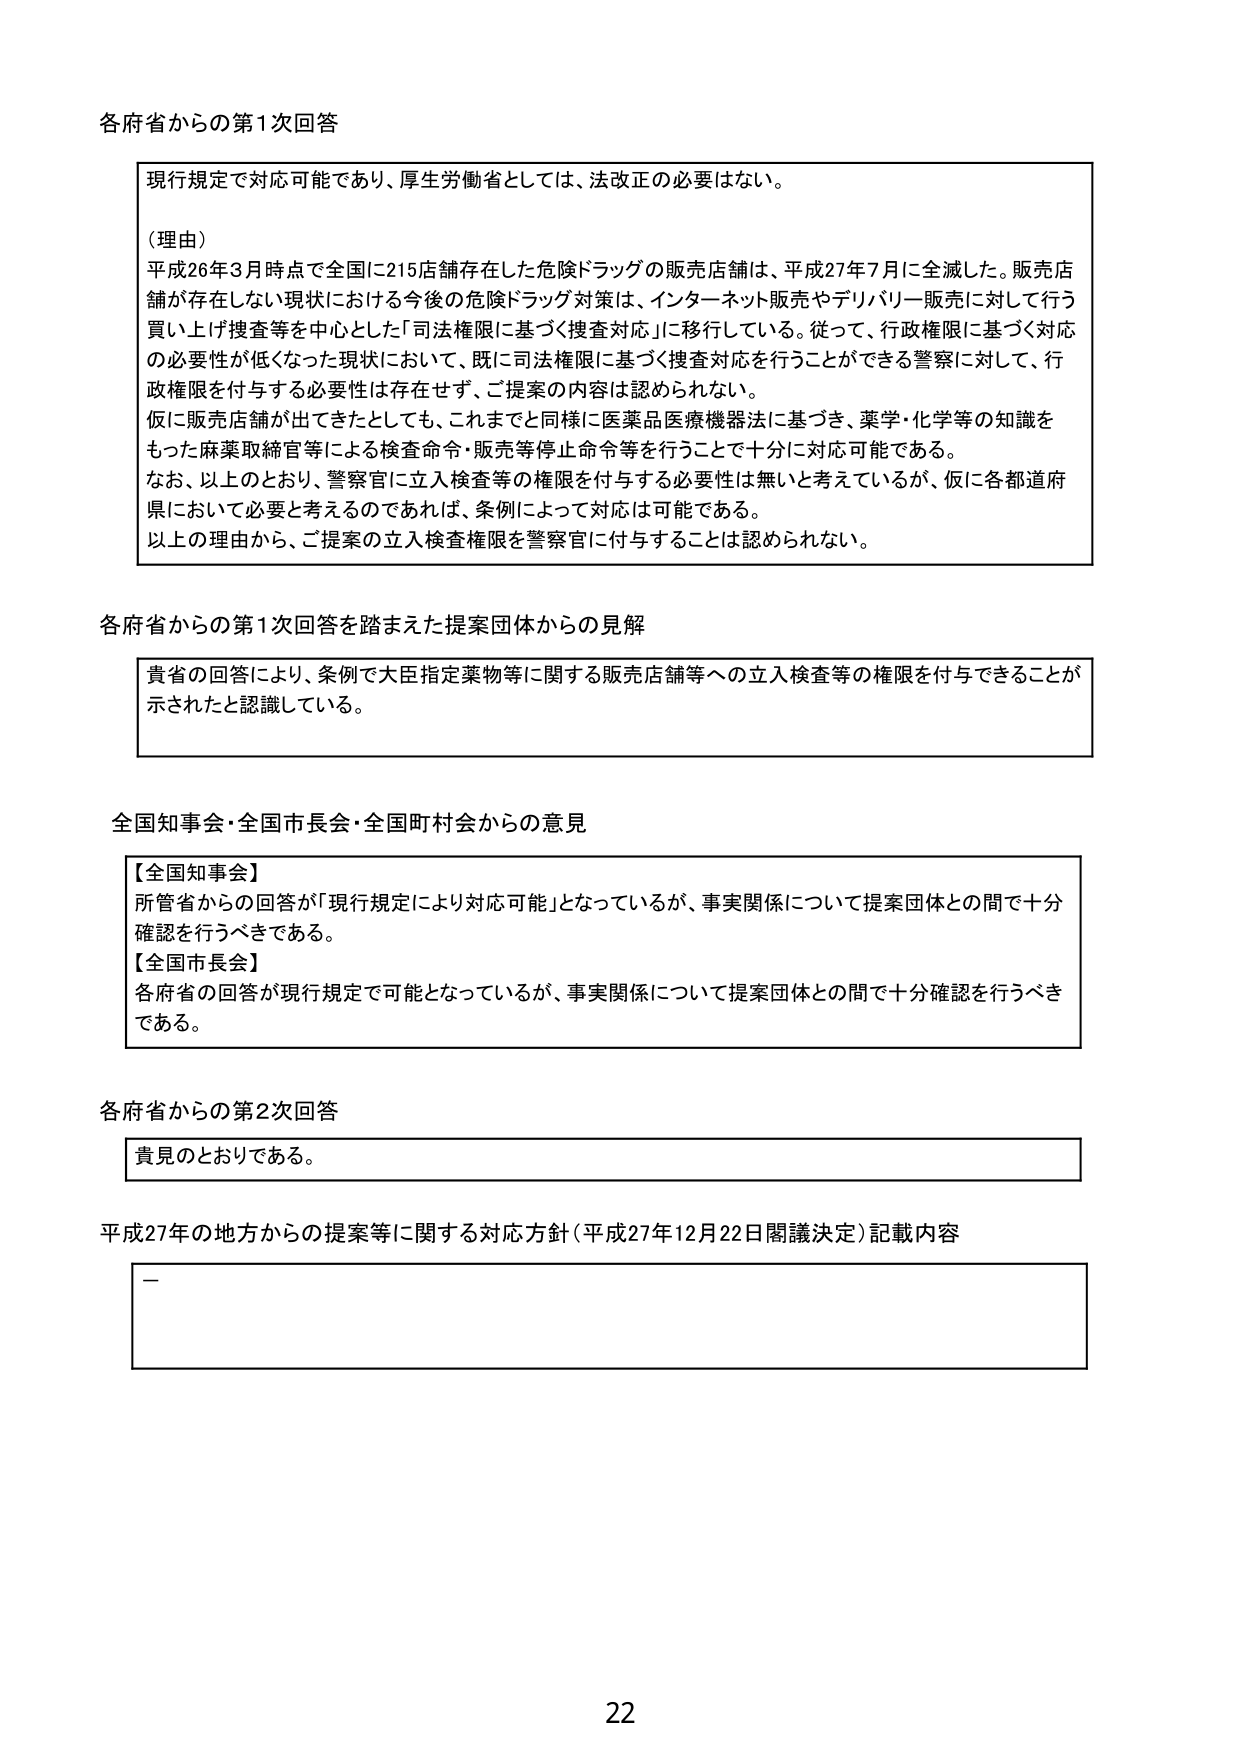
各府省からの第1次回答

現行規定で対応可能であり、厚生労働省としては、法改正の必要はない。

（理由）
平成26年3月時点で全国に215店舗存在した危険ドラッグの販売店舗は、平成27年7月に全滅した。販売店舗が存在しない現状における今後の危険ドラッグ対策は、インターネット販売やデリバリー販売に対して行う買い上げ捜査等を中心とした「司法権限に基づく捜査対応」に移行している。従って、行政権限に基づく対応の必要性が低くなった現状において、既に司法権限に基づく捜査対応を行うことができる警察に対して、行政権限を付与する必要性は存在せず、ご提案の内容は認められない。
仮に販売店舗が出てきたとしても、これまでと同様に医薬品医療機器法に基づき、薬学・化学等の知識をもった麻薬取締官等による検査命令・販売等停止命令等を行うことで十分に対応可能である。
なお、以上のとおり、警察官に立入検査等の権限を付与する必要性は無いと考えているが、仮に各都道府県において必要と考えるのであれば、条例によって対応は可能である。
以上の理由から、ご提案の立入検査権限を警察官に付与することは認められない。

各府省からの第1次回答を踏まえた提案団体からの見解

貴省の回答により、条例で大臣指定薬物等に関する販売店舗等への立入検査等の権限を付与できることが示されたと認識している。

全国知事会・全国市長会・全国町村会からの意見

【全国知事会】
所管省からの回答が「現行規定により対応可能」となっているが、事実関係について提案団体との間で十分確認を行うべきである。
【全国市長会】
各府省の回答が現行規定で可能となっているが、事実関係について提案団体との間で十分確認を行うべきである。

各府省からの第2次回答

貴見のとおりである。

平成27年の地方からの提案等に関する対応方針（平成27年12月22日閣議決定）記載内容

—

22